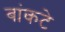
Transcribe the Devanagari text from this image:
बांकटे